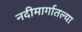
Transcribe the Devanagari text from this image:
नदीमार्गातल्या